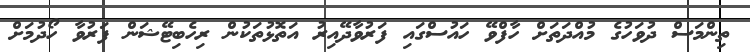
ތިންމަސް ދުވަހުގެ މުއްދަތަށް ހާފްވޭ ހައުސްގައި ފަރުވާދޭއިރު އަތޮޅުތަކުން ރިހެބިޓޭޝަން ފަރުވާ ހޯދުމަށް